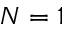
N = 1